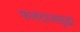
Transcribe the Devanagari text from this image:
फलंदाजसुद्धा